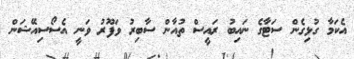
އެކަމާ ގުޅިގެން ސަޓާގެ ނައިބު ރައީސް ތުއާން ސާބިރު ވަފޫރު ވަނީ އެސޯސިއޭޝަން